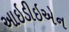
આઇડીઇએન